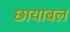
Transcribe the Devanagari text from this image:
छायाबल